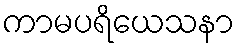
ကာမပရိယေသနာ